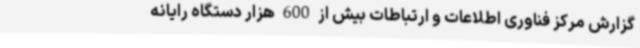
گزارش مرکز فناوری اطلاعات و ارتباطات بیش از 600 هزار دستگاه رایانه